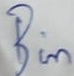
Text: Bin